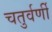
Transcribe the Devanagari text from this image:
चतुर्वर्णी